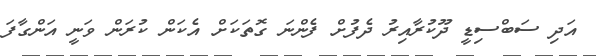
އަދި ސަބްސިޑީ ދޫކުރާއިރު ދެފުށް ފެންނަ ގޮތަކަށް އެކަން ކުރަން ވަނީ އަންގާފަ